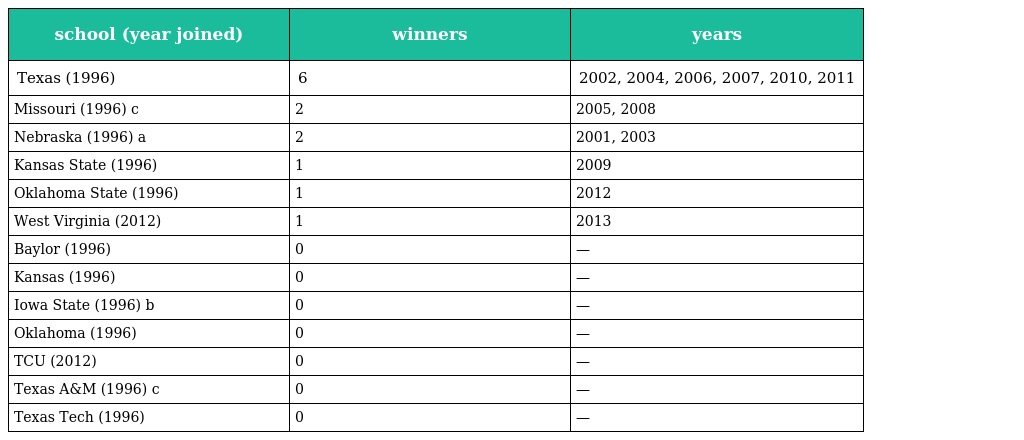
| school (year joined) | winners | years |
 | --- | --- | --- |
 | Texas (1996) | 6 | 2002, 2004, 2006, 2007, 2010, 2011 |
 | Missouri (1996) c | 2 | 2005, 2008 |
 | Nebraska (1996) a | 2 | 2001, 2003 |
 | Kansas State (1996) | 1 | 2009 |
 | Oklahoma State (1996) | 1 | 2012 |
 | West Virginia (2012) | 1 | 2013 |
 | Baylor (1996) | 0 | — |
 | Kansas (1996) | 0 | — |
 | Iowa State (1996) b | 0 | — |
 | Oklahoma (1996) | 0 | — |
 | TCU (2012) | 0 | — |
 | Texas A&M (1996) c | 0 | — |
 | Texas Tech (1996) | 0 | — |